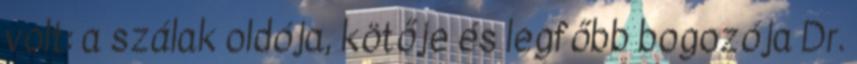
volt: a szálak oldója, kötője és legfőbb bogo­zó­ja Dr.